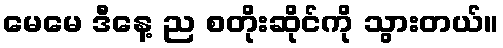
မေမေ ဒီနေ့ ည စတိုးဆိုင်ကို သွားတယ်။